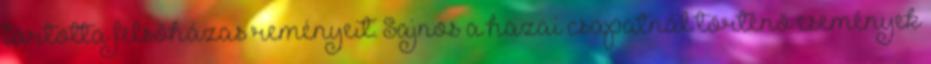
tartotta felsőházas reményeit. Sajnos a hazai csapatnál történő események